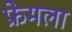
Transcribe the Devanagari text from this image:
फ्रेमला